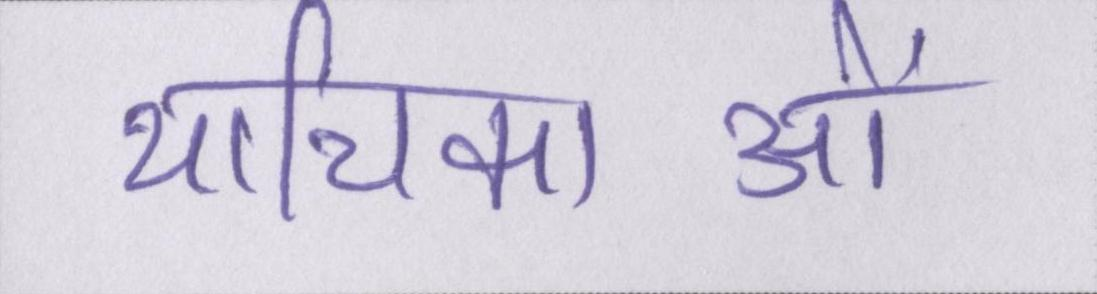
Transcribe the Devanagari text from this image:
याचिकाओं